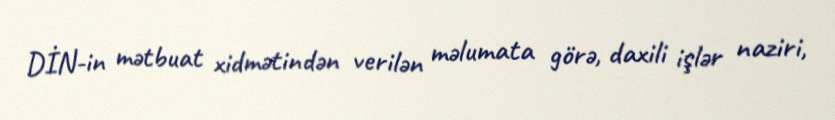
DİN-in mətbuat xidmətindən verilən məlumata görə, daxili işlər naziri,